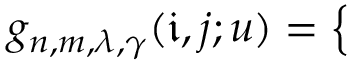
g _ { n , m , \lambda , \gamma } ( \mathfrak { i } , j ; u ) = \left\{ \begin{array} { l l } { \begin{array} { r l r } \end{array} } \end{array} \right.